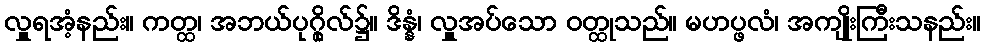
လှူရအံ့နည်း။ ကတ္ထ၊ အဘယ်ပုဂ္ဂိုလ်၌။ ဒိန္နံ၊ လှူအပ်သော ဝတ္ထုသည်။ မဟပ္ဖလံ၊ အကျိုးကြီးသနည်း။